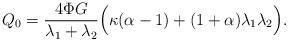
LaTeX: \begin{align*}Q_0=\frac{4\Phi G}{\lambda_1+\lambda_2}\Big(\kappa(\alpha-1)+(1+\alpha)\lambda_1\lambda_2\Big).\end{align*}